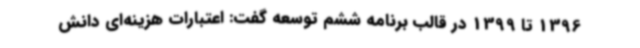
1396 تا 1399 در قالب برنامه ششم توسعه گفت: اعتبارات هزینه‌ای دانش